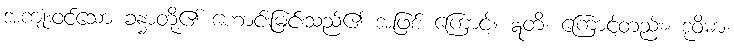
အကျုံးဝင်သော ခန္ဓာတို့၏ ဟောင်းမြင်းသည်၏ အဖြစ် ကြောင့်။ ဣတိ၊ ကြောင့်တည်း။ ဒုဝိဓာ၊